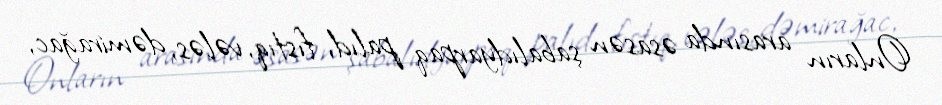
Onların arasında əsasən şabalıdyarpaq palıd, fıstıq, vələs, dəmirağac,